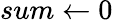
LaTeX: sum\gets 0